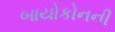
બાયોકોનની